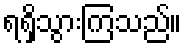
ရရှိသွားကြသည်။